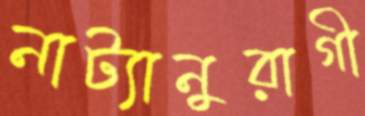
নাট্যানুরাগী